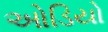
ઓડિયો